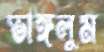
ভাঙ্গলুম